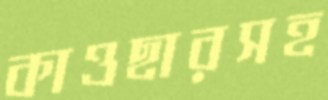
কাওছারসহ